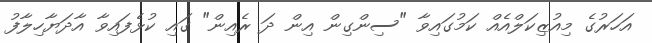
އަހަރުގެ މިއުޒިކަލްއެއް ކަމުގައިވާ "ސިންގިން އިން ދަ ރެއިން" ގައި ކުޅެފައިވާ އާދަޔާހިލާފު